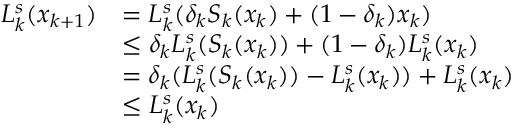
\begin{array} { r l } { L _ { k } ^ { s } ( x _ { k + 1 } ) } & { = L _ { k } ^ { s } ( \delta _ { k } S _ { k } ( x _ { k } ) + ( 1 - \delta _ { k } ) x _ { k } ) } \\ & { \leq \delta _ { k } L _ { k } ^ { s } ( S _ { k } ( x _ { k } ) ) + ( 1 - \delta _ { k } ) L _ { k } ^ { s } ( x _ { k } ) } \\ & { = \delta _ { k } ( L _ { k } ^ { s } ( S _ { k } ( x _ { k } ) ) - L _ { k } ^ { s } ( x _ { k } ) ) + L _ { k } ^ { s } ( x _ { k } ) } \\ & { \leq L _ { k } ^ { s } ( x _ { k } ) } \end{array}